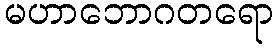
မဟာဘောဂတရော